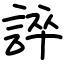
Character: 誶